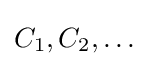
C_{1},C_{2},\ldots